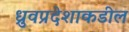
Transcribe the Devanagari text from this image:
ध्रुवप्रदेशाकडील